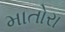
માતોરા